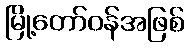
မြို့တော်ဝန်အဖြစ်